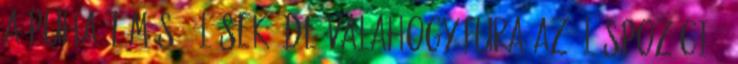
a puha tömésű ülések, de valahogy fura az üléspozíció.